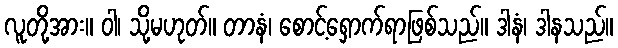
လူတို့အား။ ဝါ၊ သို့မဟုတ်။ တာနံ၊ စောင့်ရှောက်ရာဖြစ်သည်။ ဒါနံ၊ ဒါနသည်။